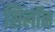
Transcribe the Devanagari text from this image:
सिलॉन